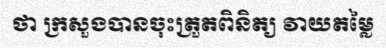
ថា ក្រសួងបានចុះត្រួតពិនិត្យ វាយតម្លៃ